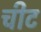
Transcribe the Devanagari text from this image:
चीट